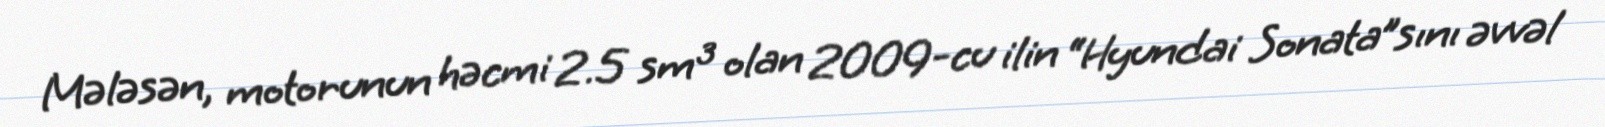
Mələsən, motorunun həcmi 2.5 sm³ olan 2009-cu ilin “Hyundai Sonata”sını əvvəl